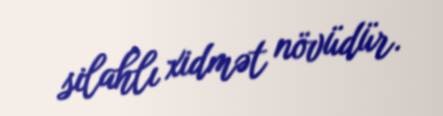
silahlı xidmət növüdür.